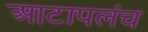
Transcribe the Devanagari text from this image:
आटापलंच